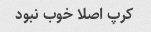
کرپ اصلا خوب نبود